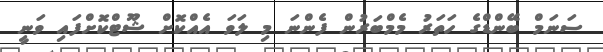
ސަނަމް ބޭންޑްގެ ހަތަރު މެމްބަރުން ފެންނަ މި ލަވަ އެއްކޮށް ޝޫޓްކޮށްފައި ވަނީ